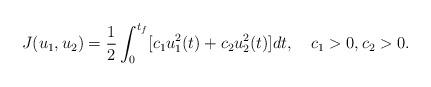
LaTeX: \begin{align*}J(u_{1},u_{2})=\dfrac{1}{2} \int_{0}^{t_{f}} [c_{1} u_{1}^{2}(t)+c_{2} u_{2}^{2}(t)]dt,~~~ c_{1}>0, c_{2}>0 .\end{align*}